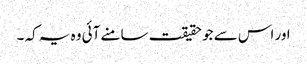
اور اس سے جو حقیقت سامنے آئی وہ یہ کہ ۔